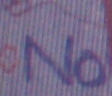
No